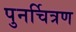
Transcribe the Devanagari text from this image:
पुनर्चित्रण